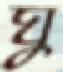
ঘু